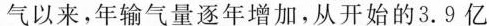
气以来，年输气量逐年增加，从开始的3.9亿